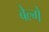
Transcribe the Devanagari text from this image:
बेल्गे